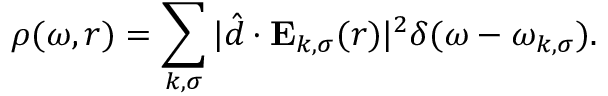
\rho ( \omega , r ) = \sum _ { k , \sigma } | \hat { d } \cdot \mathbf { E } _ { k , \sigma } ( r ) | ^ { 2 } \delta ( \omega - \omega _ { k , \sigma } ) .